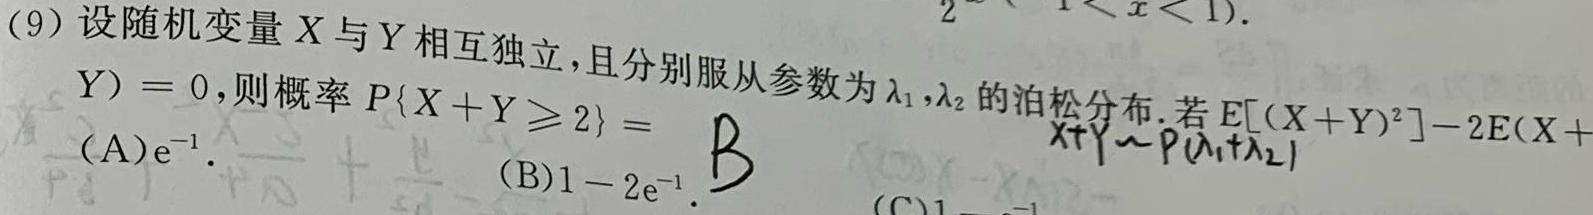
(9) 设随机变量$X$与$Y$相互独立，且分别服从参数为$\lambda_1,\lambda_2$的泊松分布. 若$E[(X + Y)^2]-2E(X + Y)=0$，则概率$P\{X + Y\geq2\}=$
(A)$\mathrm{e}^{-1}$.
(B)$1 - 2\mathrm{e}^{-1}$.